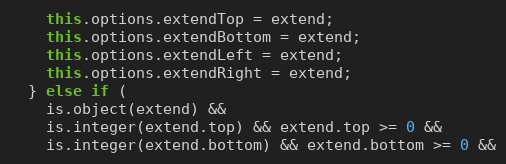
Language: JavaScript
    this.options.extendTop = extend;
    this.options.extendBottom = extend;
    this.options.extendLeft = extend;
    this.options.extendRight = extend;
  } else if (
    is.object(extend) &&
    is.integer(extend.top) && extend.top >= 0 &&
    is.integer(extend.bottom) && extend.bottom >= 0 &&